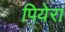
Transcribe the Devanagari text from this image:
पियेरा